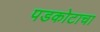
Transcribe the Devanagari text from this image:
पडकोटाचा